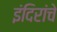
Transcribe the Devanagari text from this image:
इंदिरांचे